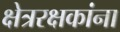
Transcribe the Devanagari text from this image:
क्षेत्ररक्षकांना